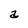
Character: a